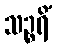
သဉ္စရိံ